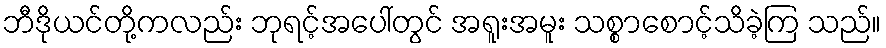
ဘီဒိုယင်တို့ကလည်း ဘုရင့်အပေါ်တွင် အရူးအမူး သစ္စာစောင့်သိခဲ့ကြ သည်။